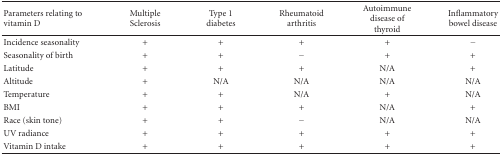
<table><thead><tr><td><b>Parameters relating to vitamin D</b></td><td><b>Multiple Sclerosis</b></td><td><b>Type 1 diabetes</b></td><td><b>Rheumatoid arthritis</b></td><td><b>Autoimmune disease of thyroid</b></td><td><b>Inflammatory bowel disease</b></td></tr></thead><tbody><tr><td>Incidence seasonality</td><td>+</td><td>+</td><td>+</td><td>+</td><td>−</td></tr><tr><td>Seasonality of birth</td><td>+</td><td>+</td><td>−</td><td>+</td><td>+</td></tr><tr><td>Latitude</td><td>+</td><td>+</td><td>+</td><td>N/A</td><td>+</td></tr><tr><td>Altitude</td><td>+</td><td>N/A</td><td>N/A</td><td>N/A</td><td>N/A</td></tr><tr><td>Temperature</td><td>+</td><td>+</td><td>N/A</td><td>+</td><td>N/A</td></tr><tr><td>BMI</td><td>+</td><td>+</td><td>+</td><td>N/A</td><td>+</td></tr><tr><td>Race (skin tone)</td><td>+</td><td>+</td><td>−</td><td>N/A</td><td>N/A</td></tr><tr><td>UV radiance</td><td>+</td><td>+</td><td>+</td><td>+</td><td>+</td></tr><tr><td>Vitamin D intake</td><td>+</td><td>+</td><td>+</td><td>+</td><td>+</td></tr></tbody></table>